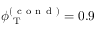
\phi _ { \mathrm { ~ T ~ } } ^ { ( \mathrm { ~ c ~ o ~ n ~ d ~ } ) } = 0 . 9